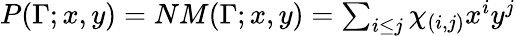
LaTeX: \begin{array}{r}{P(\Gamma;x,y)=NM(\Gamma;x,y)=\sum_{i\leq j}\chi_{(i,j)}x^{i}y^{j}}\end{array}